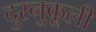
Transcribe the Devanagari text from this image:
दुरनुकूली